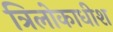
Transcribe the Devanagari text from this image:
त्रिलोकाधीश